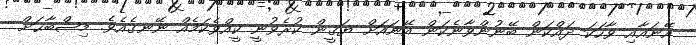
އޭނައާއި ވާހަކަ ދައްކަން ބޭނުންވާނެކަން އޭނައަށް ޔަޤީން ކުރެވުނީ ކީއްވެކަމެއް ނޭނގެއެވެ. މިޞްބާޙަށް